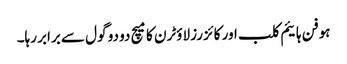
ہوفن ہائیم کلب اور کائزرز لاؤٹرن کا میچ دو دو گول سے برابر رہا۔